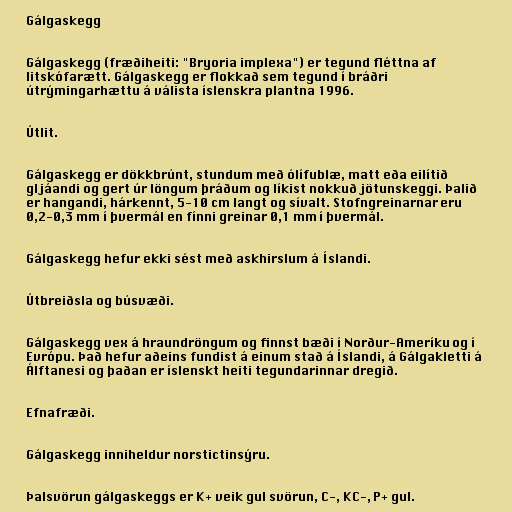
Gálgaskegg

Gálgaskegg (fræðiheiti: "Bryoria implexa") er tegund fléttna af
litskófarætt. Gálgaskegg er flokkað sem tegund í bráðri
útrýmingarhættu á válista íslenskra plantna 1996.

Útlit.

Gálgaskegg er dökkbrúnt, stundum með ólífublæ, matt eða eilítið
gljáandi og gert úr löngum þráðum og líkist nokkuð jötunskeggi. Þalið
er hangandi, hárkennt, 5-10 cm langt og sívalt. Stofngreinarnar eru
0,2-0,3 mm í þvermál en fínni greinar 0,1 mm í þvermál.

Gálgaskegg hefur ekki sést með askhirslum á Íslandi.

Útbreiðsla og búsvæði.

Gálgaskegg vex á hraundröngum og finnst bæði í Norður-Ameríku og í
Evrópu. Það hefur aðeins fundist á einum stað á Íslandi, á Gálgakletti á
Álftanesi og þaðan er íslenskt heiti tegundarinnar dregið.

Efnafræði.

Gálgaskegg inniheldur norstictinsýru.

Þalsvörun gálgaskeggs er K+ veik gul svörun, C-, KC-, P+ gul.